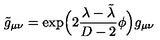
\tilde { g } _ { \mu \nu } = \exp \! \Big ( 2 \frac { \lambda - \tilde { \lambda } } { D - 2 } \phi \Big ) g _ { \mu \nu }